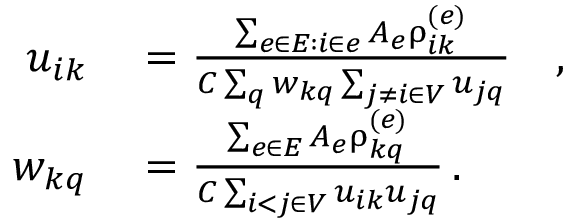
\begin{array} { r l } { u _ { i k } } & { { } = \frac { \sum _ { e \in E : i \in e } A _ { e } \uprho _ { i k } ^ { ( e ) } } { C \sum _ { q } w _ { k q } \sum _ { j \neq i \in V } u _ { j q } } \quad , } \\ { w _ { k q } } & { { } = \frac { \sum _ { e \in E } A _ { e } \uprho _ { k q } ^ { ( e ) } } { C \sum _ { i < j \in V } u _ { i k } u _ { j q } } \, . } \end{array}